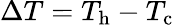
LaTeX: \Delta T=T_{\mathrm{h}}-T_{\mathrm{c}}